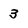
Character: 3